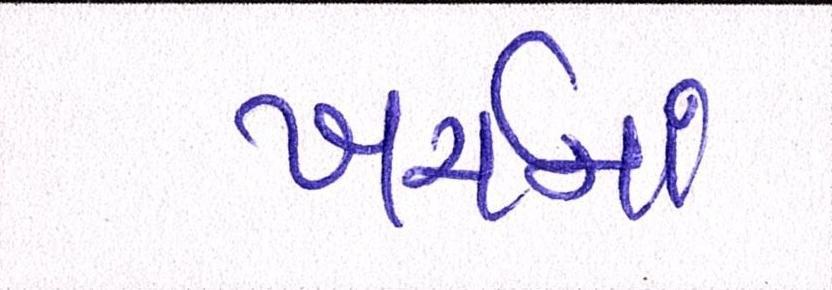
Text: ખર્ચમાં